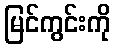
မြင်ကွင်းကို